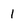
Character: l